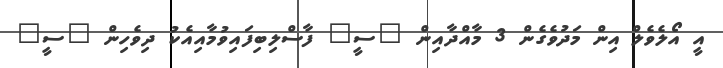
އީ އޯލެވެލް އިން މަދުވެގެން 3 މާއްދާއިން "ސީ" ފާސްލިބިފައިވުމާއިއެކު ދިވެހިން "ސީ"